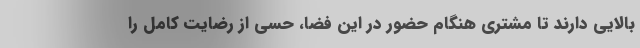
بالایی دارند تا مشتری هنگام حضور در این فضا، حسی از رضایت کامل را